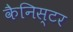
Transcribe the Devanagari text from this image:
कैनिस्टर